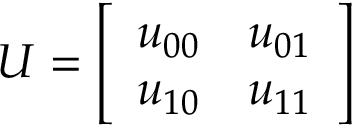
U = { \left[ \begin{array} { l l } { u _ { 0 0 } } & { u _ { 0 1 } } \\ { u _ { 1 0 } } & { u _ { 1 1 } } \end{array} \right] }